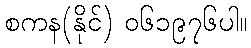
စကန(နိုင်) ၀၆၁၉၇၆ပါ။